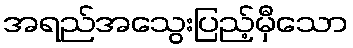
အရည်အသွေးပြည့်မှီသော